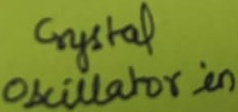
Text: Crystal Oscillator in